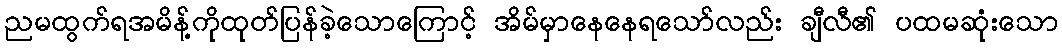
ညမထွက်ရအမိန့်ကိုထုတ်ပြန်ခဲ့သောကြောင့် အိမ်မှာနေနေရသော်လည်း ချီလီ၏ ပထမဆုံးသော